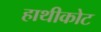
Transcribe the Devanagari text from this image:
हाथीकोट